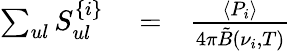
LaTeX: \begin{array}{rlr}{\sum_{ul}S_{ul}^{\{ i\} }}&{{}=}&{{\frac{\langle P_{i}\rangle}{4\pi\tilde{B}(\nu_{i},T)}}}\end{array}